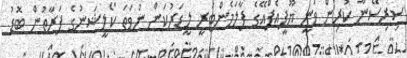
ސިރިސޭނާ ކުރިން ވަނީ ޔޫޕީއެފްއޭގެ ޕާލަމެންޓަރީ ލީޑަރުކަން ނުވަތަ ކޯލީޝަނުގެ ފަރާތުން ބޮޑު